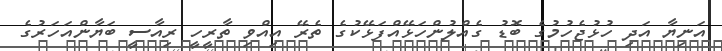
އަނިޔާ އަދި ހުޅުޖެހުމުގެ ބޮޑު ގެއްލުންހަޅޭއްފަޅޭކުގެ ތެރޭ އިއްވި ތާރީހީ ރިއާސީ ބަޔާންއަހަރުގެ